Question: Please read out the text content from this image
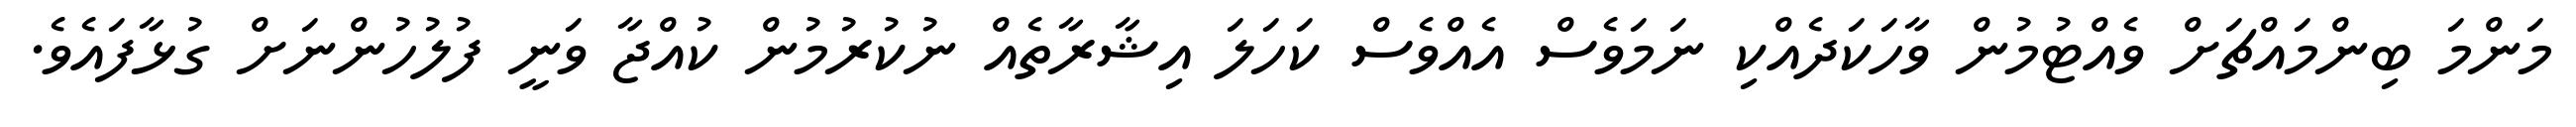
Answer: މަންމަ ބިންމައްޗަށް ވެއްޓުމުން ވާހަކަދެއްކި ނަމަވެސް އެއްވެސް ކަހަލަ އިޝާރާތެއް ނުކުރުމުން ކުއްޖާ ވަނީ ފުލުހުންނަށް ގުޅާފައެވެ.